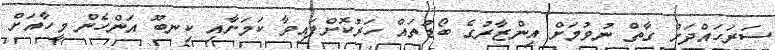
ސަރަހައްދަށް ގާތް ނުވުމަށް އިންޒާރުގެ ބޯޑުތައް ހަރުކޮށްފައިވާ ކަމަށާއި ކިނބޫ އަންހެން މީހާއަށް